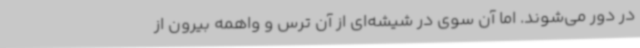
در دور می‌شوند. اما آن سوی در شیشه‌ای از آن ترس و واهمه بیرون از